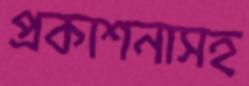
প্রকাশনাসহ